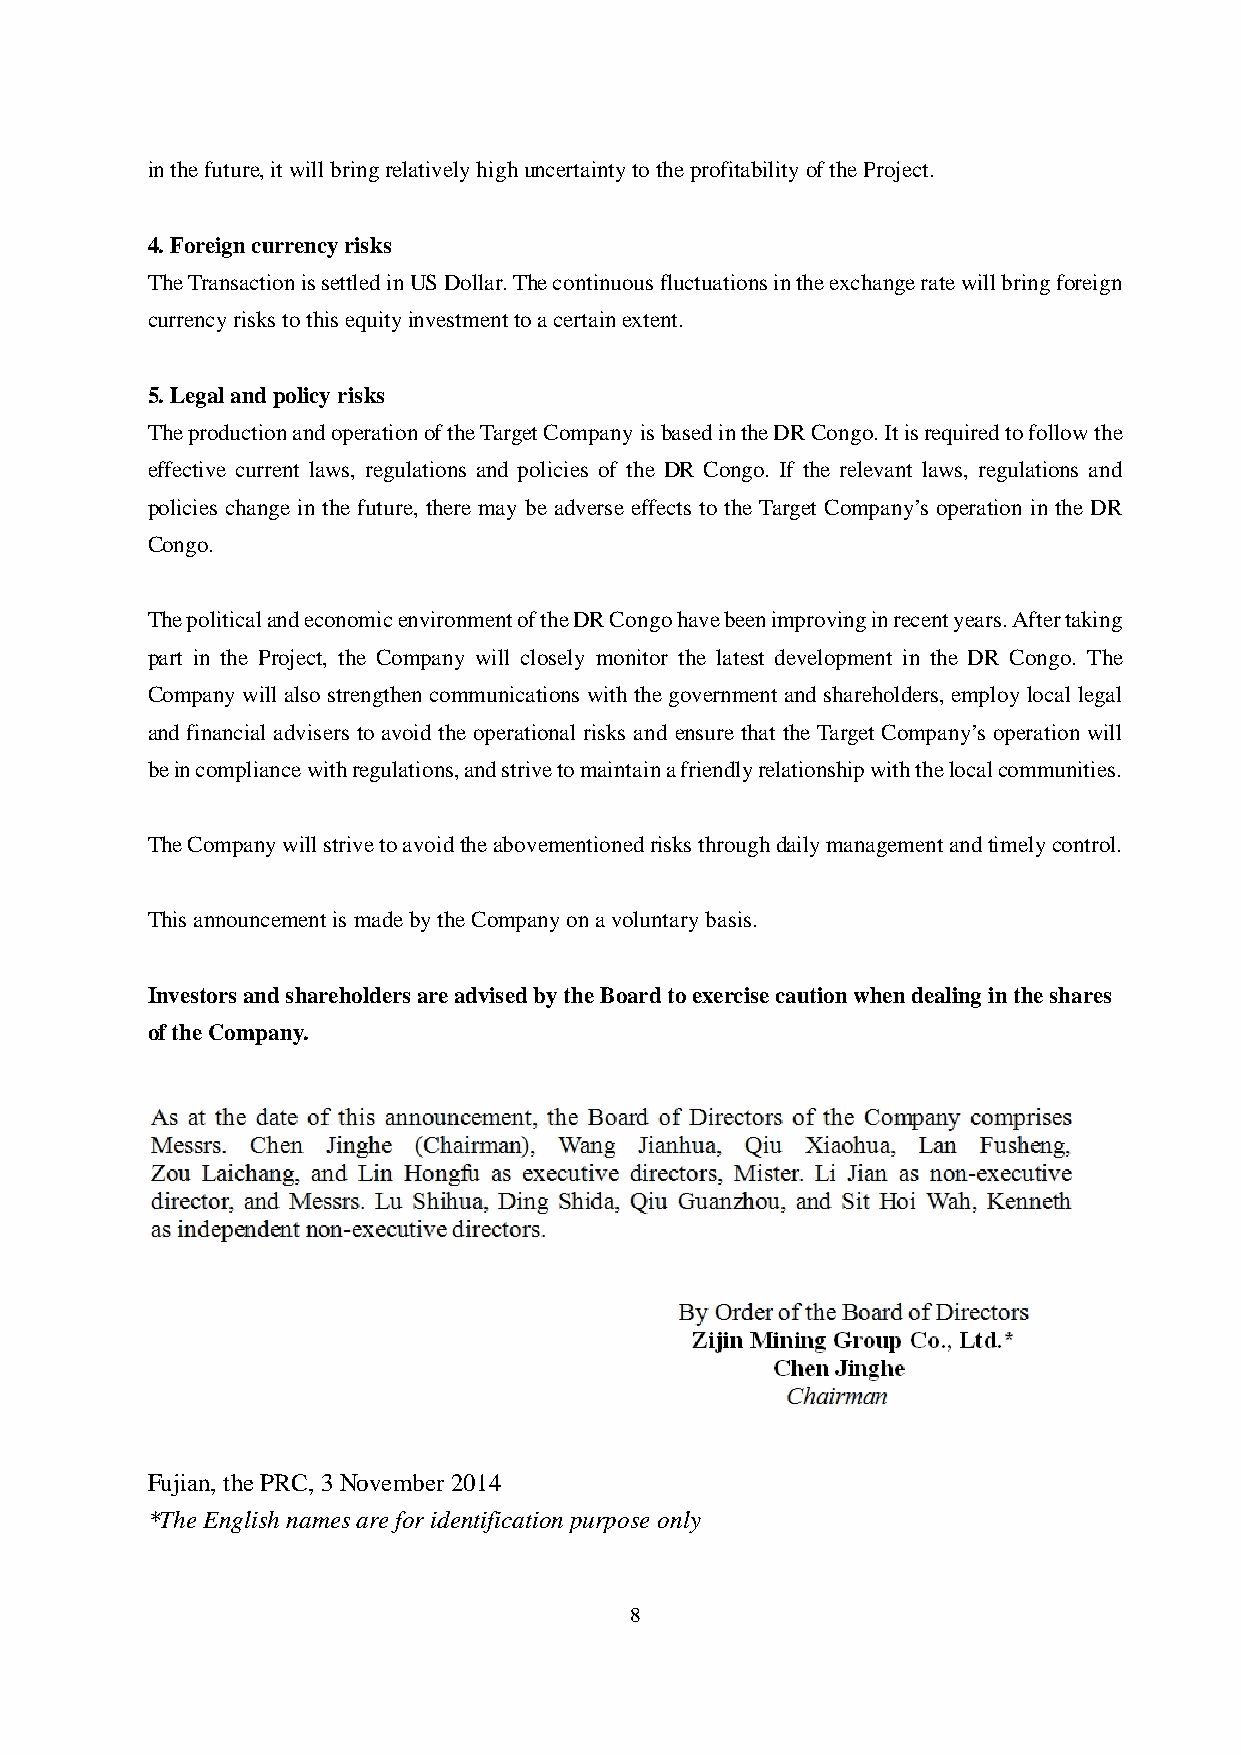
in the future, it will bring relatively high uncertainty to the profitability of the Project.
 4. Foreign currency risks
 The Transaction is settled in US Dollar. The continuous fluctuations in the exchange rate will bring foreign
 currency risks to this equity investment to a certain extent.
 5. Legal and policy risks
 The production and operation of the Target Company is based in the DR Congo. It is required to follow the
 effective current laws, regulations and policies of the DR Congo. If the relevant laws, regulations and
 policies change in the future, there may be adverse effects to the Target Company’s operation in the DR
 Congo.
 The political and economic environment of the DR Congo have been improving in recent years. After taking
 part in the Project, the Company will closely monitor the latest development in the DR Congo. The
 Company will also strengthen communications with the government and shareholders, employ local legal
 and financial advisers to avoid the operational risks and ensure that the Target Company’s operation will
 be in compliance with regulations, and strive to maintain a friendly relationship with the local communities.
 The Company will strive to avoid the abovementioned risks through daily management and timely control.
 This announcement is made by the Company on a voluntary basis.
 Investors and shareholders are advised by the Board to exercise caution when dealing in the shares
 of the Company.
 Fujian, the PRC, 3 November 2014
 *The English names are for identification purpose only
 8